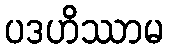
ပဒဟိဿာမ